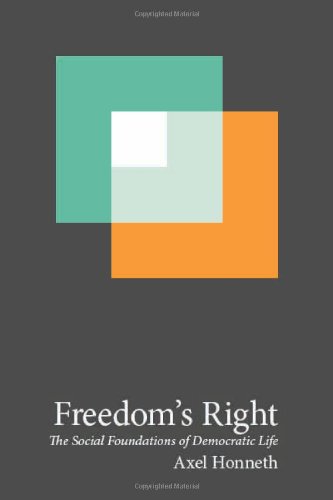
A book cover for Freedom's Right: The Social Foundations of Democratic Life (New Directions in Critical Theory); Axel Honneth; Politics & Social Sciences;